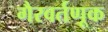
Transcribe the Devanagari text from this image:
गैरवर्तणूक